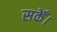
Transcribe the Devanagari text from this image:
सकेँ।